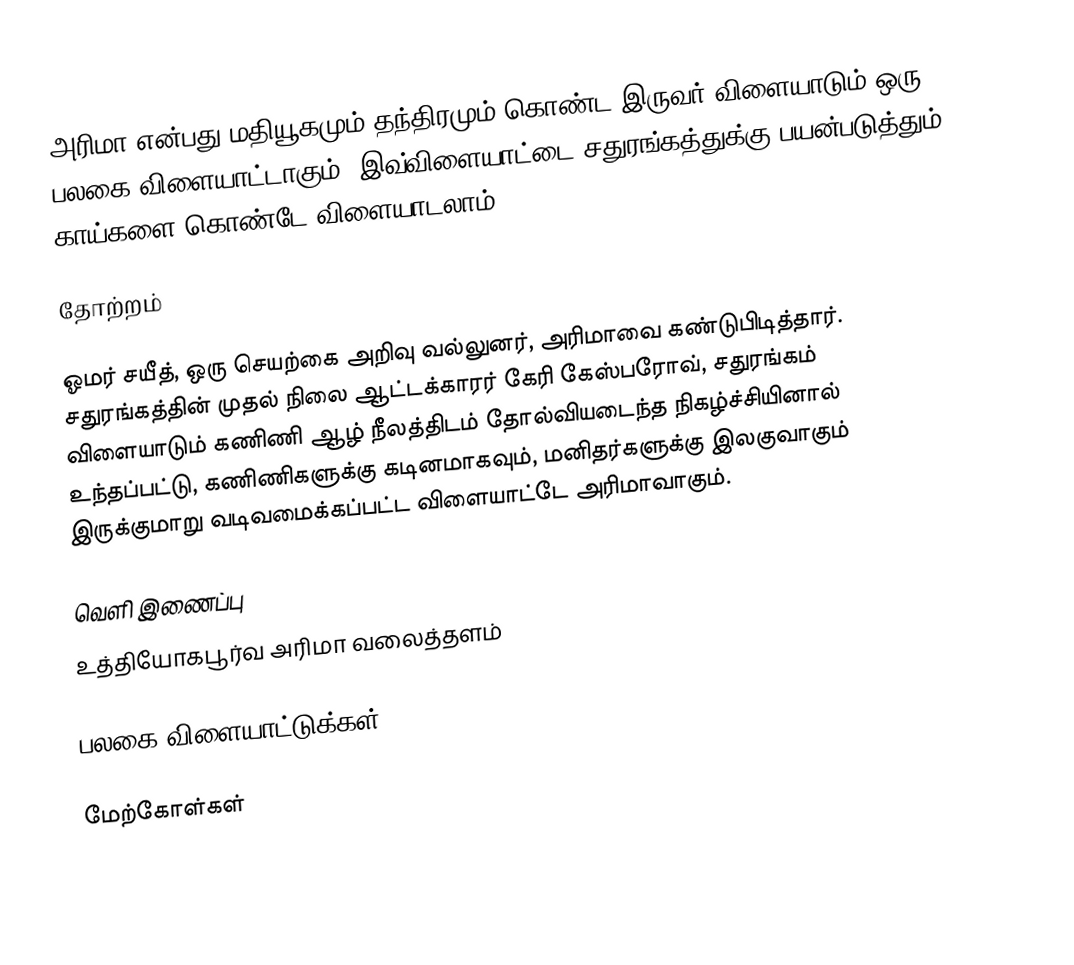
அரிமா என்பது மதியூகமும் தந்திரமும் கொண்ட இருவர் விளையாடும் ஒரு பலகை விளையாட்டாகும். இவ்விளையாட்டை சதுரங்கத்துக்கு பயன்படுத்தும் காய்களை கொண்டே விளையாடலாம்.

தோற்றம்

ஓமர் சயீத், ஒரு செயற்கை அறிவு வல்லுனர், அரிமாவை கண்டுபிடித்தார். சதுரங்கத்தின் முதல் நிலை ஆட்டக்காரர் கேரி கேஸ்பரோவ், சதுரங்கம் விளையாடும் கணிணி ஆழ் நீலத்திடம் தோல்வியடைந்த நிகழ்ச்சியினால் உந்தப்பட்டு, கணிணிகளுக்கு கடினமாகவும், மனிதர்களுக்கு இலகுவாகும் இருக்குமாறு வடிவமைக்கப்பட்ட விளையாட்டே அரிமாவாகும்.

வெளி இணைப்பு
உத்தியோகபூர்வ அரிமா வலைத்தளம்

பலகை விளையாட்டுக்கள்

மேற்கோள்கள்

:Arimaa